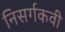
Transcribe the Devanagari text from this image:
निसर्गकवी